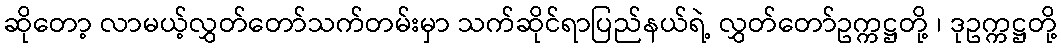
ဆိုတော့ လာမယ့်လွှတ်တော်သက်တမ်းမှာ သက်ဆိုင်ရာပြည်နယ်ရဲ့ လွှတ်တော်ဥက္ကဋ္ဌတို့ ၊ ဒုဥက္ကဋ္ဌတို့